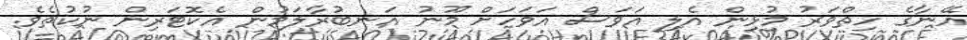
އޭނާގެ ހިތްވަރު މުޅިން އެލި އަވަސް އަވަހަށް މޫނު އަނބުރާލަމުން އެކޮޓަރިން ނުކުތެވެ.